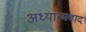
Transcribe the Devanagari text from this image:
अध्‍यात्‍मवाद